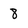
Character: 8